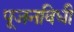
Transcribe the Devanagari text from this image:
पूजनविधी